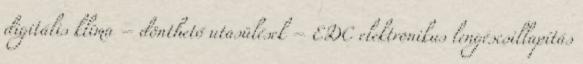
digitális klíma – dönthető utasülések – EDC elektronikus lengéscsillapítás